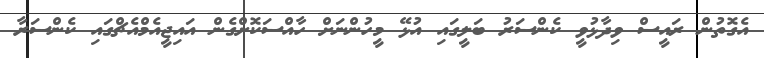
އެގޮތުން ރައީސް ވިދާޅުވީ ކެންސަރު ބަލީގައި އުޅޭ މީހުންނަށް ހާއްސަކޮށްގެން އައިޖީއެމްއެޗްގައި ކެންސަރާ